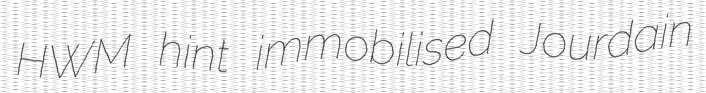
HWM hint immobilised Jourdain